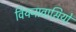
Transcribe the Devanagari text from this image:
वियनावासियों